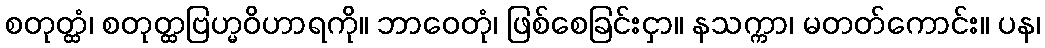
စတုတ္ထံ၊ စတုတ္ထဗြဟ္မဝိဟာရကို။ ဘာဝေတုံ၊ ဖြစ်စေခြင်းငှာ။ နသက္ကာ၊ မတတ်ကောင်း။ ပန၊